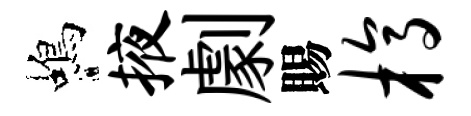
蝎掖劇賜槁